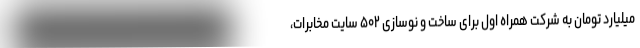
میلیارد تومان به شرکت همراه اول برای ساخت و نوسازی ۵۰۲ سایت مخابرات،